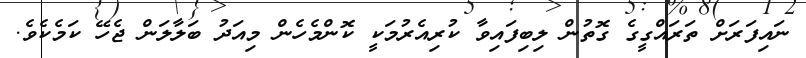
ނައިފަރަށް ތަރައްގީގެ ގޮތުން ލިބިފައިވާ ކުރިއެރުމަކީ ކޮންމެހެން މިއަދު ބަލާލަން ޖެހޭ ކަމެކެވެ.